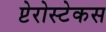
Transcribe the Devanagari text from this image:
प्टेरोस्टेकस